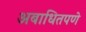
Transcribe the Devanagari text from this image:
अबाधितपणे